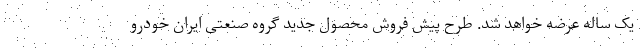
یک ساله عرضه خواهد شد. طرح پیش فروش محصول جدید گروه صنعتی ایران خودرو